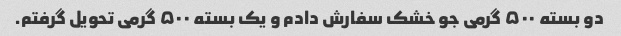
دو بسته ۵۰۰ گرمی جو خشک سفارش دادم و یک بسته ۵۰۰ گرمی تحویل گرفتم.